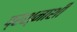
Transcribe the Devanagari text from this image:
प्रश्नाशी